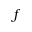
f